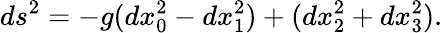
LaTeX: ds^{2}=-g(dx_{0}^{2}-dx_{1}^{2})+(dx_{2}^{2}+dx_{3}^{2}).